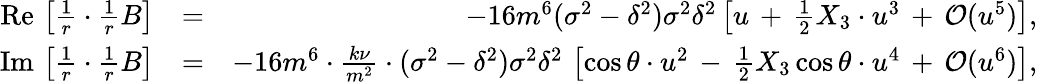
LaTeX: \begin{array}{rlr}{\mathrm{Re}\, \left[\frac{1}{r}\cdot\frac{1}{r}B\right]}&{=}&{-16m^{6}(\sigma^{2}-\delta^{2})\sigma^{2}\delta^{2}\left[u\, +\, \frac{1}{2}X_{3}\cdot u^{3}\, +\, {\cal O}(u^{5})\right],}\\ {\mathrm{Im}\, \left[\frac{1}{r}\cdot\frac{1}{r}B\right]}&{=}&{-16m^{6}\cdot\frac{k\nu}{m^{2}}\cdot(\sigma^{2}-\delta^{2})\sigma^{2}\delta^{2}\, \left[\cos\theta\cdot u^{2}\, -\, \frac{1}{2}X_{3}\cos\theta\cdot u^{4}\, +\, {\cal O}(u^{6})\right],}\end{array}